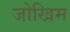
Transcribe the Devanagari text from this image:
जोखिम